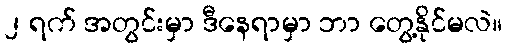
၂ ရက် အတွင်းမှာ ဒီနေရာမှာ ဘာ တွေ့နိုင်မလဲ။